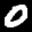
Label: 0